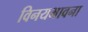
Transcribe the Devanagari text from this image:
विनयभावना